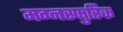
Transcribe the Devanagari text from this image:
मग्नस्फुरिक